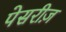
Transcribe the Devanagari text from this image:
पेसरीज़